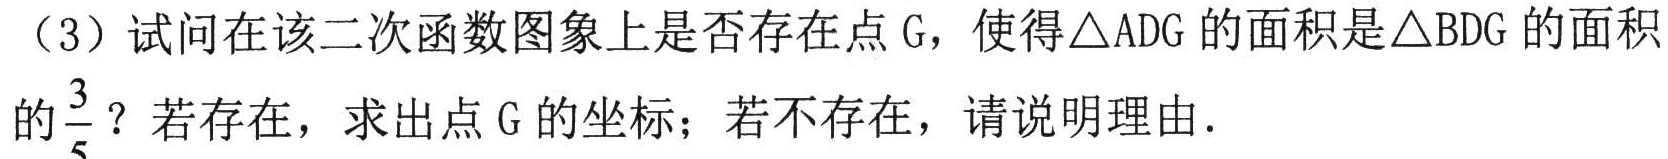
（3）试问在该二次函数图象上是否存在点\(G\)，使得\(\triangle ADG\)的面积是\(\triangle BDG\)的面积
的\(\frac{3}{5}\)？若存在，求出点\(G\)的坐标；若不存在，请说明理由．